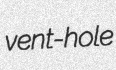
vent-hole